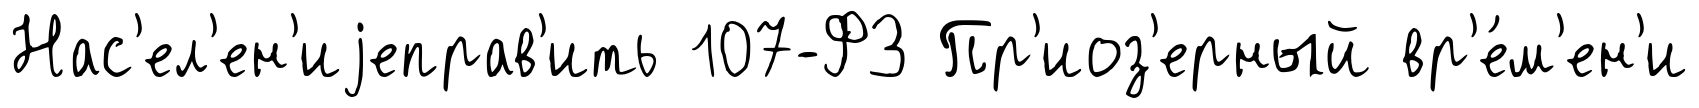
Нас'ел'ен'иjеправ'ить 107-ФЗ Пр'иоз'ерный вр'е́м'ен'и